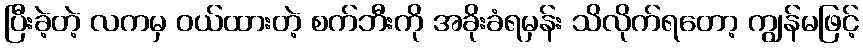
ပြီးခဲ့တဲ့ လကမှ ဝယ်ထားတဲ့ စက်ဘီးကို အခိုးခံရမှန်း သိလိုက်ရတော့ ကျွန်မဖြင့်